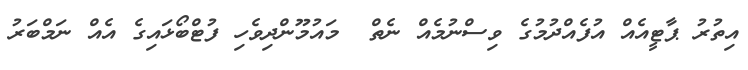
އިތުރު ޕާޓީއެއް އުފެއްދުމުގެ ވިސްނުމެއް ނެތް  މައުމޫންދިވެހި ފުޓްބޯޅައިގެ އެއް ނަމްބަރު